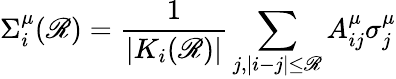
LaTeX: \Sigma_{i}^{\mu}(\mathscr{R})=\frac{{1}}{{|K_{i}(\mathscr{R})|}}\sum_{j,|i-j|\leq\mathscr{R}}A_{ij}^{\mu}\sigma_{j}^{\mu}